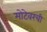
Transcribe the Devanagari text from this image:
मोटेवरची